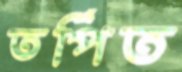
তর্পিত